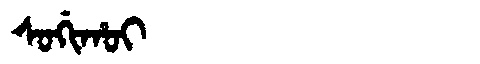
Manchu: ᠰᠣᡤᡳᡥᠣᡳ
Romanization: SOGIHOI